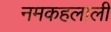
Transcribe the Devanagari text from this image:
नमकहलाली